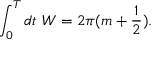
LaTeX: \int _ { 0 } ^ { T } d t \, \, W = 2 \pi ( m + \frac { 1 } { 2 } ) .